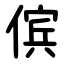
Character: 傧